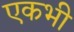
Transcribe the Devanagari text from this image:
एकभी